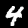
Digit: 4